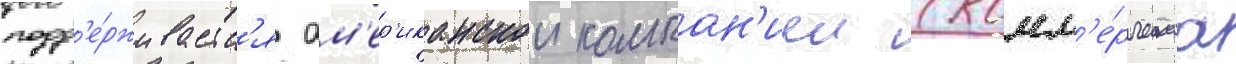
подд'е́рживаетс'я ам'ер'иканскои компан'иеи (комм'е́рческаа